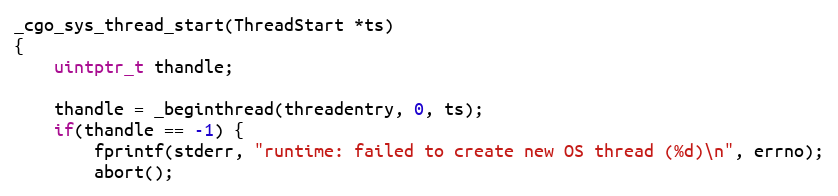
Language: C
_cgo_sys_thread_start(ThreadStart *ts)
{
	uintptr_t thandle;

	thandle = _beginthread(threadentry, 0, ts);
	if(thandle == -1) {
		fprintf(stderr, "runtime: failed to create new OS thread (%d)\n", errno);
		abort();